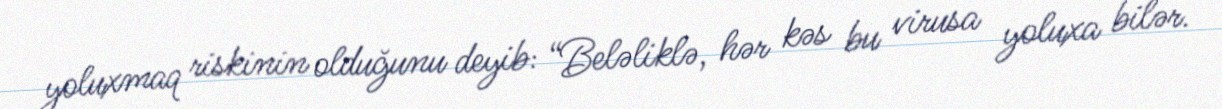
yoluxmaq riskinin olduğunu deyib: “Beləliklə, hər kəs bu virusa yoluxa bilər.